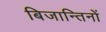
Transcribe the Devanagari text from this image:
बिजान्तिनों